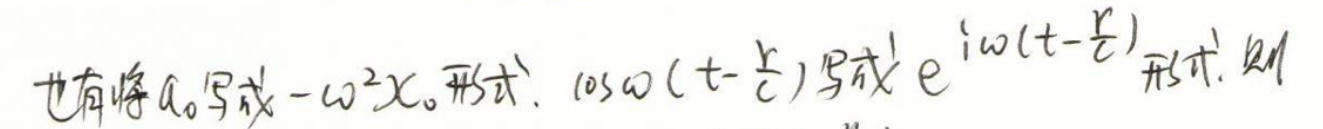
也有将$a_{0}$写成$-\omega^{2}x_{0}$形式，$\cos\omega\left(t - \frac{r}{c}\right)$写成$e^{i\omega\left(t-\frac{r}{c}\right)}$形式，则